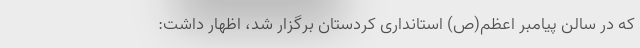
که در سالن پیامبر اعظم(ص) استانداری کردستان برگزار شد، اظهار داشت: